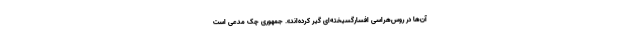
آن‌ها در روس‌هراسی افسارگسیخته‌ای گیر کرده‌اند». جمهوری چک مدعی است